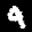
Label: 9